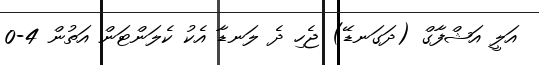
އަލީ އަޝްފާގް (ދަގަނޑޭ) ޖެހި ދެ ލަނޑާ އެކު ކެލަންޓަން އަތުން 4-0